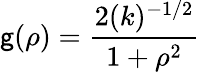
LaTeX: \mathsf{g}(\rho)=\frac{{2(k)^{-1/2}}}{{1+{\rho}^{2}}}